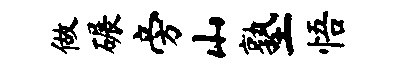
做碾旁山塾悟